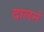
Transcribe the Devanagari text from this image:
दालनं